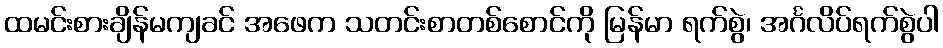
ထမင်းစားချိန်မကျခင် အဖေက သတင်းစာတစ်စောင်ကို မြန်မာ ရက်စွဲ၊ အင်္ဂလိပ်ရက်စွဲပါ